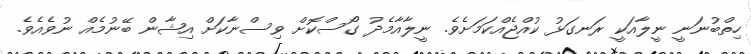
ހިތްބުނަނީ ނީލާއަކީ ރަނގަޅު ކުއްޖެއްކަމަށެވެ. ނީލާއާމެދު ގޯސްކޮށް ވިސްނާކަށް އިޝާން ބޭނުމެއް ނުވެއެވެ.